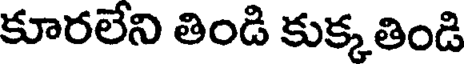
కూరలేని తిండి కుక్కతిండి